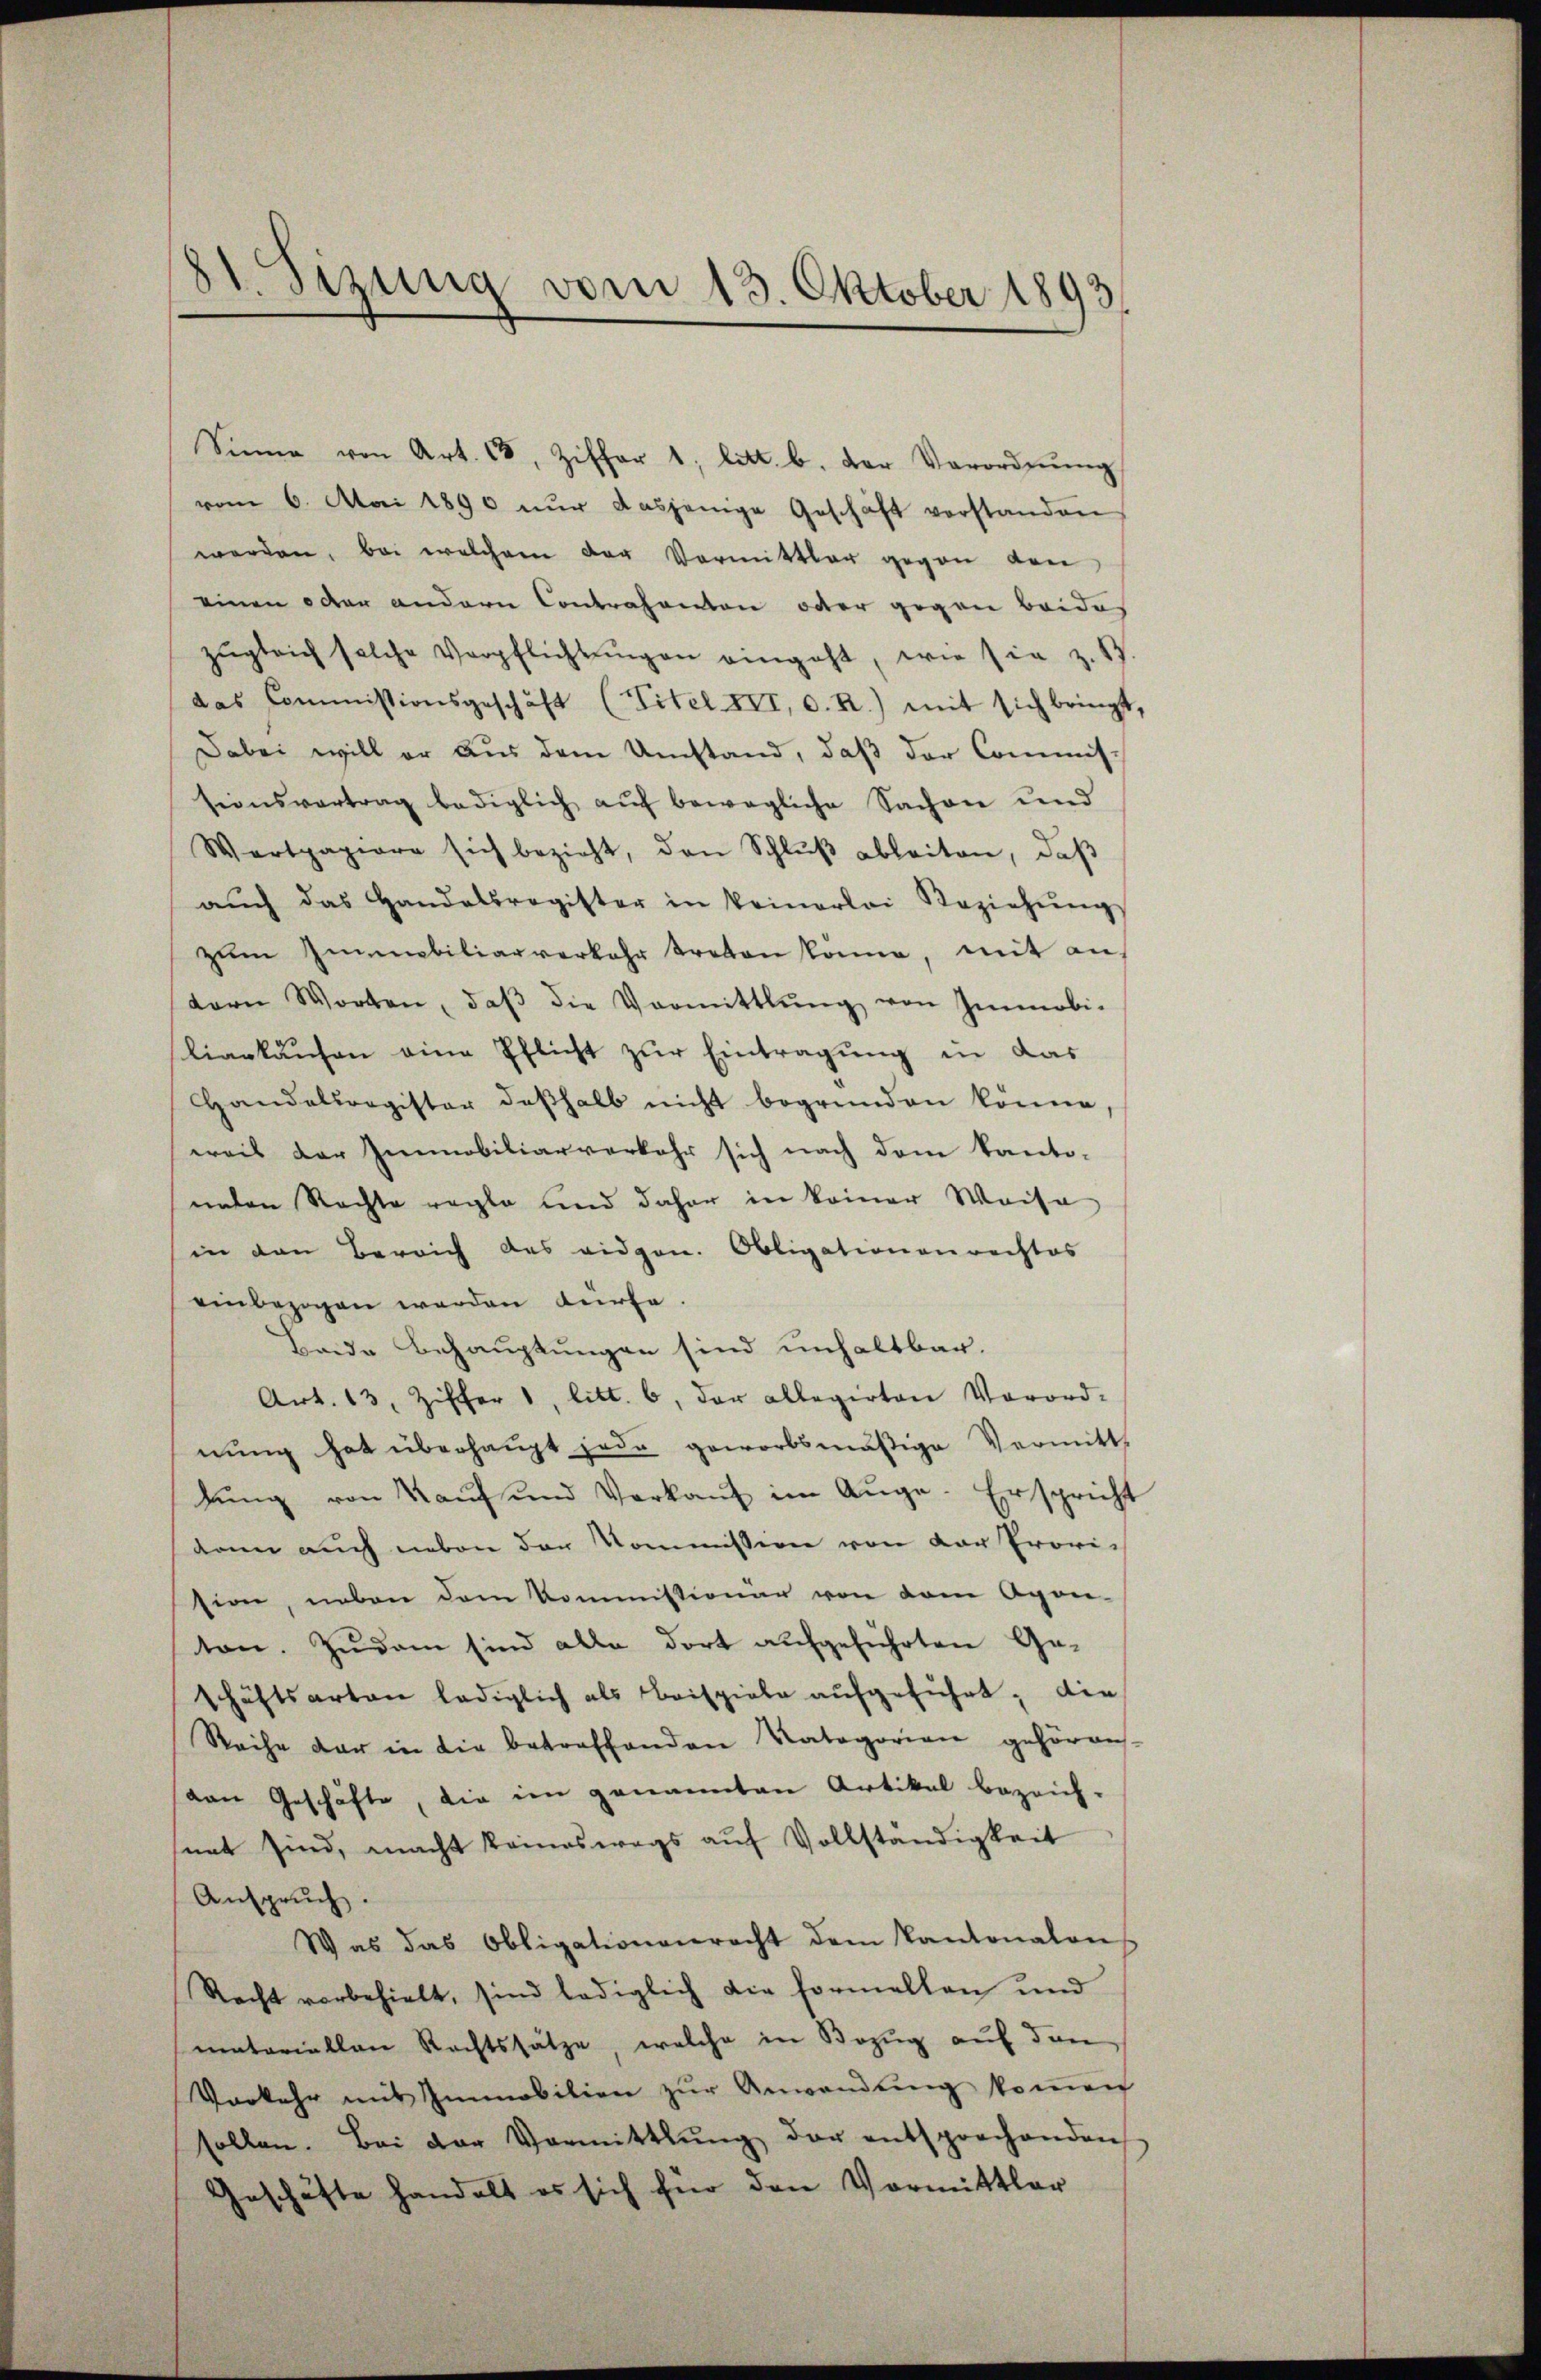
51. Sitzung vom 13. Oktober 1893.

Sinne von Art. 68, Ziffer 1. litt. b. der Verordnŭng
vom 6. Mai 1890 nŭr dasjenige Geschäft verstanden
werden, bei welchem der Vormittler gegen den
einen oder andern Contrahenten oder gegen beides
zŭgleich solche Verpflichtŭngen eingeht, wie sie z. B.
das Commissionsgeschäft (Titel III, d. R.) mit sich bringt.
Dabei will er aus dem Umstand, daß der Commis-
sionsvertrag lediglich aŭf bewegliche Sachen und
Wertpapiere sich bezieht, den Schlŭβ ableiten, daβ
aŭch das Handelsregister in keinerlei Beziehŭng
zŭm Immobiliarverkehr treten könne, mit an
dern Worten, daβ die Vormittlung von Immobi-
liarkaufen eine Pflicht zur Eintragung in das
Handelsregister deshalb nicht begründen könne,
weil der Immobiliarverkehr sich nach dem kanto-
unten Rechte regle und daher in keiner Waise
in den Bereich des eidgen. Obligationenrechtes
einbezogen werden dürfe
Baide Behauptungen sind unhaltbar.
Art. 13, Ziffer 1, litt. 6, der allegirten Vorord-
nung hat überhaupt jede geworbsmäßige Vermitt
dŭng von Kaŭf und Verkaŭf im Auge. Erspricht
dann auch neben der Kommission von der Prori-
sion, neben dem Kommissionen von dem Agon-
ton. Zudem sind alle dort aufgeführten Ge-
schäftsarten lediglich als Beispiele aŭfgeführt, die
Reihe der in die betreffenden Natagorien gehörens-
von Geschäfte, die im genannten Artikal bezeich-
net sind, macht keineswegs auf Vollständigkeit
Anspruch.
Was das Obligationenrecht dem Kantonalen
Recht vorbehielt, sind lediglich die formellen und
matariallen Rechtssätze, welche in Bezug auf den
Vorkehr mit Immobilien zŭr Anwendŭng koṁen
sollen. Bei der Vormittlung der entsprochenden
Geschäfte handelt es sich für den Vormittler